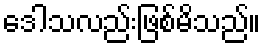
ဒေါသလည်းဖြစ်မိသည်။